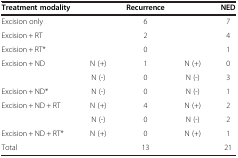
<table><thead><tr><td><b>Treatment modality</b></td><td><b> </b></td><td><b>Recurrence</b></td><td><b> </b></td><td><b>NED</b></td></tr></thead><tbody><tr><td>Excision only</td><td> </td><td>6</td><td> </td><td>7</td></tr><tr><td>Excision + RT</td><td> </td><td>2</td><td> </td><td>4</td></tr><tr><td>Excision + RT*</td><td> </td><td>0</td><td> </td><td>1</td></tr><tr><td>Excision + ND</td><td>N (+)</td><td>1</td><td>N (+)</td><td>0</td></tr><tr><td> </td><td>N (-)</td><td>0</td><td>N (-)</td><td>3</td></tr><tr><td>Excision + ND*</td><td>N (-)</td><td>0</td><td>N (-)</td><td>1</td></tr><tr><td>Excision + ND + RT</td><td>N (+)</td><td>4</td><td>N (+)</td><td>2</td></tr><tr><td> </td><td>N (-)</td><td>0</td><td>N (-)</td><td>2</td></tr><tr><td>Excision + ND + RT*</td><td>N (+)</td><td>0</td><td>N (+)</td><td>1</td></tr><tr><td>Total</td><td> </td><td>13</td><td> </td><td>21</td></tr></tbody></table>